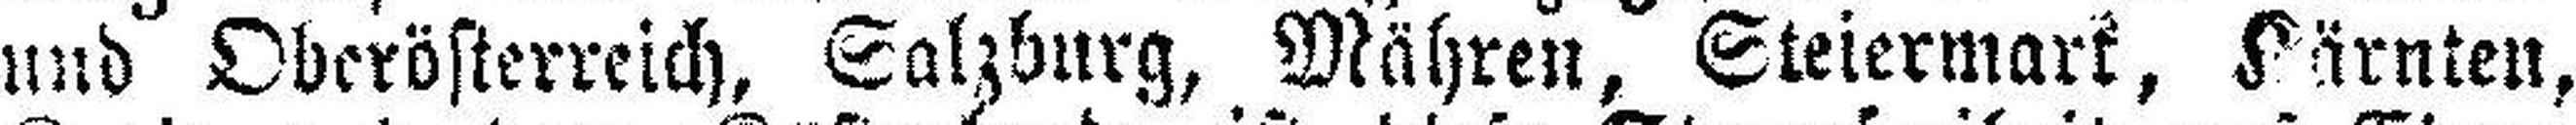
und Oberösterreich, Salzburg, Mähren, Steiermark, Kärnten,